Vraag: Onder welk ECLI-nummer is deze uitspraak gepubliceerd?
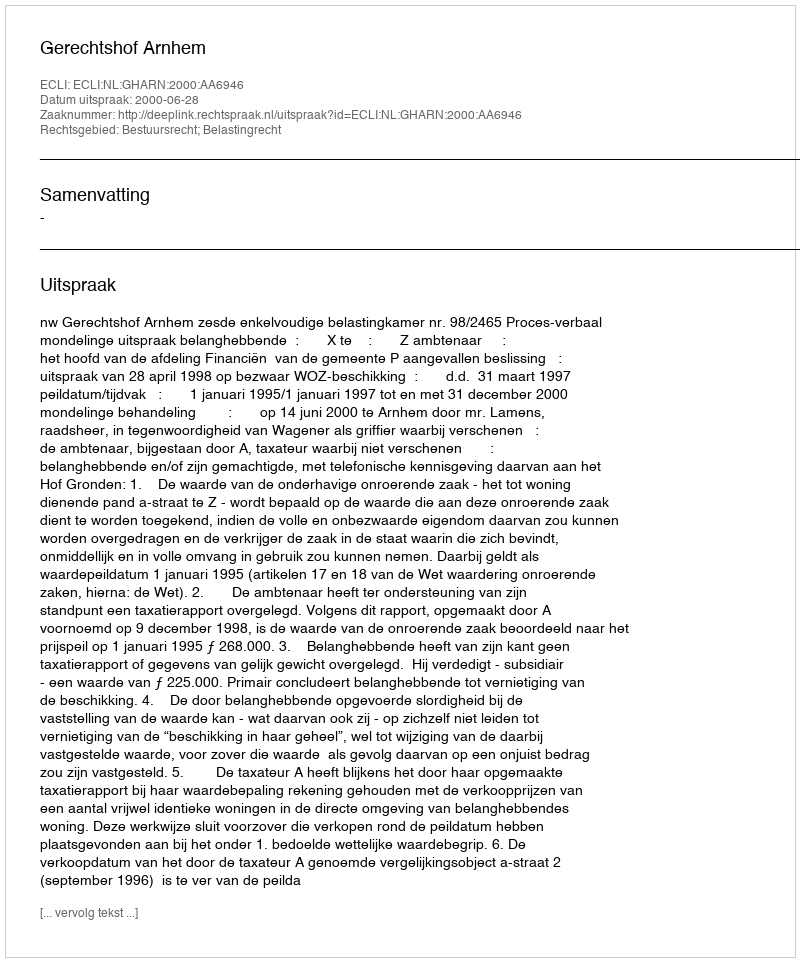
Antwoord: ECLI:NL:GHARN:2000:AA6946